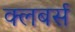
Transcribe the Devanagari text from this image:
क्लबर्स